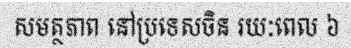
សមត្ថភាព នៅប្រទេសចិន រយៈពេល ៦